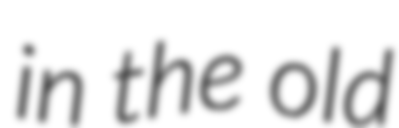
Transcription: in the old